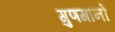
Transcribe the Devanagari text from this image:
गुणगानों